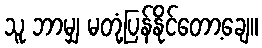
သူ ဘာမျှ မတုံ့ပြန်နိုင်တော့ချေ။